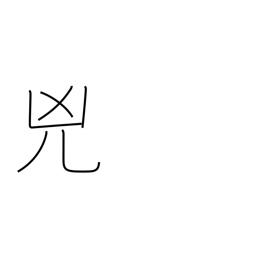
Meaning: wickedness